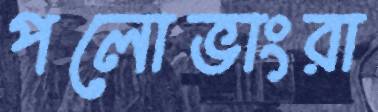
পলোভাংরা